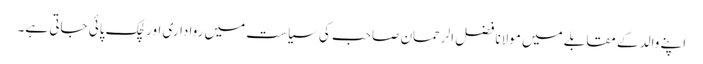
اپنے والد کے مقابلے میں مولانا فضل الرحمان صاحب کی سیاست میں رواداری اور لچک پائی جاتی ہے۔